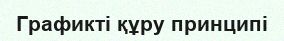
Графикті құру принципі